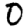
Digit: 0